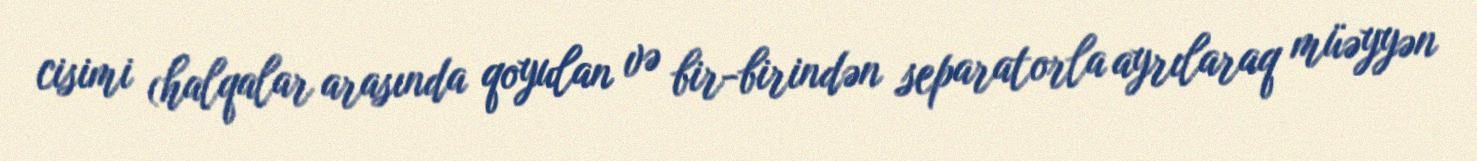
cisimi (halqalar arasında qoyulan və bir-birindən separatorla ayrılaraq müəyyən